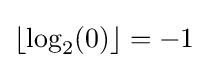
\lfloor \log _{2}(0)\rfloor =-1